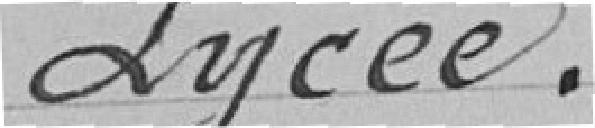
Lycée